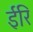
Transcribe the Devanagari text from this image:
ईरि